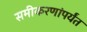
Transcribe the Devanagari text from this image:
समीकरणांपर्यंत